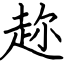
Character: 趂